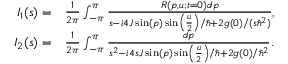
\begin{array} { r l } { I _ { 1 } ( s ) = } & { \frac { 1 } { 2 \pi } \int _ { - \pi } ^ { \pi } \frac { R ( p , u ; t = 0 ) d p } { s - i 4 J \sin ( p ) \sin \left( \frac { u } { 2 } \right) / \hbar + 2 g ( 0 ) / ( s \hbar ^ { 2 } ) } , } \\ { I _ { 2 } ( s ) = } & { \frac { 1 } { 2 \pi } \int _ { - \pi } ^ { \pi } \frac { d p } { s ^ { 2 } - i 4 s J \sin ( p ) \sin \left( \frac { u } { 2 } \right) / \hbar + 2 g ( 0 ) / \hbar ^ { 2 } } . } \end{array}